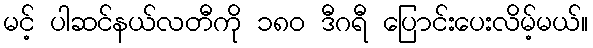
မင့် ပါဆင်နယ်လတီကို ၁၈၀ ဒီဂရီ ပြောင်းပေးလိမ့်မယ်။